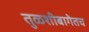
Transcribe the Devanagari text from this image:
तुळशीबागेतच